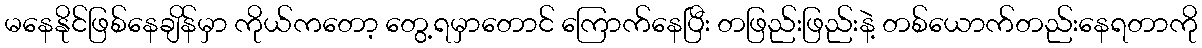
မနေနိုင်ဖြစ်နေချိန်မှာ ကိုယ်ကတော့ တွေ့ရမှာတောင် ကြောက်နေပြီး တဖြည်းဖြည်းနဲ့ တစ်ယောက်တည်းနေရတာကို